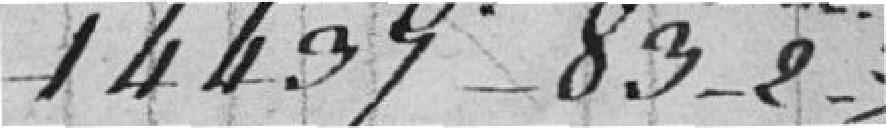
14439-83-2-3/4